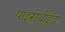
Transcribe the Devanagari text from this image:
पाइरोर्थोइड